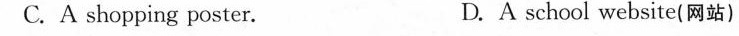
C.A shopping poster. D.A school website(网站)